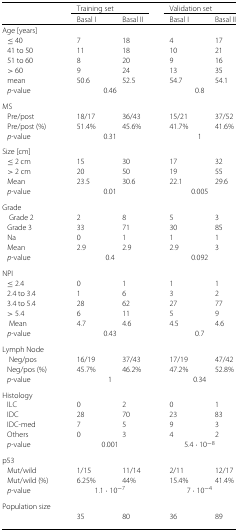
<table><thead><tr><td></td><td colspan="2"><b>Training set</b></td><td colspan="2"><b>Validation set</b></td></tr><tr><td></td><td><b>Basal I</b></td><td><b>Basal II</b></td><td><b>Basal I</b></td><td><b>Basal II</b></td></tr></thead><tbody><tr><td>Age [years]</td><td></td><td></td><td></td><td></td></tr><tr><td>≤ 40</td><td>7</td><td>18</td><td>4</td><td>17</td></tr><tr><td>41 to 50</td><td>11</td><td>18</td><td>10</td><td>21</td></tr><tr><td>51 to 60</td><td>8</td><td>20</td><td>9</td><td>16</td></tr><tr><td>&gt; 60</td><td>9</td><td>24</td><td>13</td><td>35</td></tr><tr><td>mean</td><td>50.6</td><td>52.5</td><td>54.7</td><td>54.1</td></tr><tr><td><i>p</i>-value</td><td colspan="2">0.46</td><td colspan="2">0.8</td></tr><tr><td>MS</td><td></td><td></td><td></td><td></td></tr><tr><td>Pre/post</td><td>18/17</td><td>36/43</td><td>15/21</td><td>37/52</td></tr><tr><td>Pre/post (%)</td><td>51.4%</td><td>45.6%</td><td>41.7%</td><td>41.6%</td></tr><tr><td><i>p</i>-value</td><td colspan="2">0.31</td><td colspan="2">1</td></tr><tr><td>Size [cm]</td><td></td><td></td><td></td><td></td></tr><tr><td>≤ 2 cm</td><td>15</td><td>30</td><td>17</td><td>32</td></tr><tr><td>&gt; 2 cm</td><td>20</td><td>50</td><td>19</td><td>55</td></tr><tr><td>Mean</td><td>23.5</td><td>30.6</td><td>22.1</td><td>29.6</td></tr><tr><td><i>p</i>-value</td><td colspan="2">0.01</td><td colspan="2">0.005</td></tr><tr><td>Grade</td><td></td><td></td><td></td><td></td></tr><tr><td>Grade 2</td><td>2</td><td>8</td><td>5</td><td>3</td></tr><tr><td>Grade 3</td><td>33</td><td>71</td><td>30</td><td>85</td></tr><tr><td>Na</td><td>0</td><td>1</td><td>1</td><td>1</td></tr><tr><td>Mean</td><td>2.9</td><td>2.9</td><td>2.9</td><td>3</td></tr><tr><td><i>p</i>-value</td><td colspan="2">0.4</td><td colspan="2">0.092</td></tr><tr><td>NPI</td><td></td><td></td><td></td><td></td></tr><tr><td>≤2.4</td><td>0</td><td>1</td><td>1</td><td>1</td></tr><tr><td>2.4 to 3.4</td><td>1</td><td>6</td><td>3</td><td>2</td></tr><tr><td>3.4 to 5.4</td><td>28</td><td>62</td><td>27</td><td>77</td></tr><tr><td>&gt;5.4</td><td>6</td><td>11</td><td>5</td><td>9</td></tr><tr><td>Mean</td><td>4.7</td><td>4.6</td><td>4.5</td><td>4.6</td></tr><tr><td><i>p</i>-value</td><td colspan="2">0.43</td><td colspan="2">0.7</td></tr><tr><td>Lymph Node</td><td></td><td></td><td></td><td></td></tr><tr><td>Neg/pos</td><td>16/19</td><td>37/43</td><td>17/19</td><td>47/42</td></tr><tr><td>Neg/pos (%)</td><td>45.7%</td><td>46.2%</td><td>47.2%</td><td>52.8%</td></tr><tr><td><i>p</i>-value</td><td colspan="2">1</td><td colspan="2">0.34</td></tr><tr><td>Histology</td><td></td><td></td><td></td><td></td></tr><tr><td>ILC</td><td>0</td><td>2</td><td>0</td><td>1</td></tr><tr><td>IDC</td><td>28</td><td>70</td><td>23</td><td>83</td></tr><tr><td>IDC-med</td><td>7</td><td>5</td><td>9</td><td>3</td></tr><tr><td>Others</td><td>0</td><td>3</td><td>4</td><td>2</td></tr><tr><td><i>p</i>-value</td><td colspan="2">0.001</td><td colspan="2">5.4·10<sup>−8</sup></td></tr><tr><td>p53</td><td></td><td></td><td></td><td></td></tr><tr><td>Mut/wild</td><td>1/15</td><td>11/14</td><td>2/11</td><td>12/17</td></tr><tr><td>Mut/wild (%)</td><td>6.25%</td><td>44%</td><td>15.4%</td><td>41.4%</td></tr><tr><td><i>p</i>-value</td><td colspan="2">1.1·10<sup>−7</sup></td><td colspan="2">7·10<sup>−4</sup></td></tr><tr><td>Population size</td><td></td><td></td><td></td><td></td></tr><tr><td></td><td>35</td><td>80</td><td>36</td><td>89</td></tr></tbody></table>